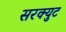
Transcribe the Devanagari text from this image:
सरक्युट